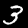
Label: 3